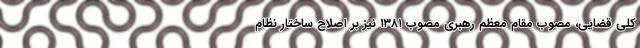
کلی قضایی، مصوب مقام معظم رهبری مصوب ۱۳۸۱ نیز بر اصلاح ساختار نظام